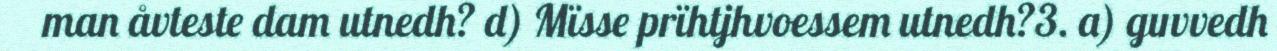
man åvteste dam utnedh? d) Mïsse prïhtjhvoessem utnedh?3. a) guvvedh